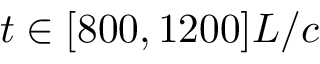
t \in [ 8 0 0 , 1 2 0 0 ] L / c